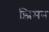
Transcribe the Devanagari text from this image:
झिमन